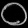
Digit: ၀